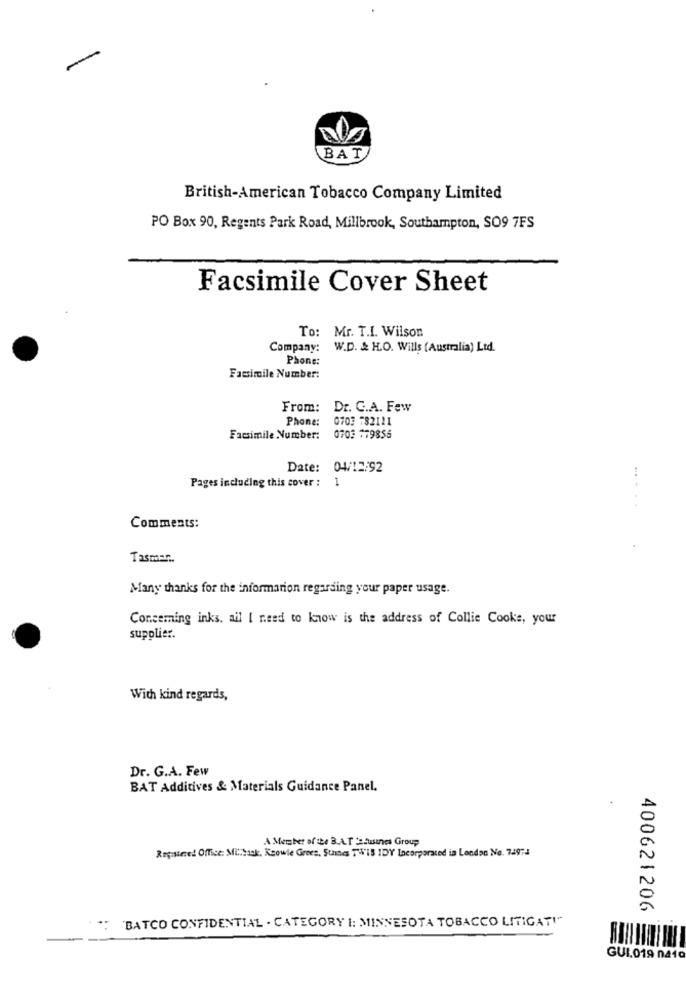
BAT
British-American Tobacco Company Limited
PO Box 90, Regents Park Road, Millbrook, Southampton, SO9 7FS
Facsimile Cover Sheet
To: Mr. T.I. Wilson
Company:
W.D. & H.O. Wills (Australia) Ltd.
Phone:
Facsimile Number:
From: Dr. C.A. Few
Phone:
0703 782111
Facsimile Number:
0703 179856
Date:
04/12/92
Pages including this cover :
1
... ...
Comments:
Tasmar ..
Many thanks for the information regarding your paper usage.
Conceming inks. ail I need to know is the address of Collie Cooke, your
supplier.
With kind regards,
Dr. G.A. Few
BAT Additives & Materials Guidance Panel.
A Member ofthe B.A.T 'sbusines Group
Registered Office: Miback, Keowle Grees, Suites TWIS IDY Incorporated in London No. 74974
400621206
'BATCO CONFIDENTIAL . CATEGORY : MINNESOTA TOBACCO LITIGATI"
GUI,019 na10